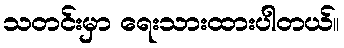
သတင်းမှာ ရေးသားထားပါတယ်။